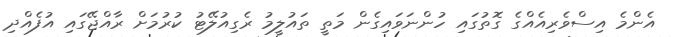
އެންމެ އިސްވެރިއެއްގެ ގޮތުގައި ހުންނަވައިގެން މަތީ ތައުލީމު ރެގިއުލޭޓު ކުރުމަށް ރާއްޖޭގައި އުފެއްދި